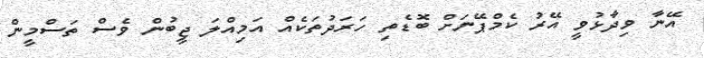
އޭނާ ވިދާޅުވީ އޭރު ކެމްޕޭނަށް ބޮޑެތި ހަރަދުތަކެއް އަމިއްލަ ޖީބުން ވެސް ތަސްމީން